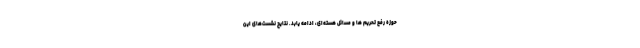
حوزه رفع تحریم ها و مسائل هسته‌ای، ادامه یابد. نتایج نشست‌های این